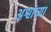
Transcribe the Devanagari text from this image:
अश्वांच्या